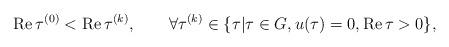
LaTeX: \begin{align*}{\rm Re}\, \tau^{(0)}< {\rm Re}\, \tau^{(k)},\qquad \forall\tau^{(k)}\in \{\tau|\tau\in G, u(\tau)=0, {\rm Re}\, \tau>0\},\end{align*}